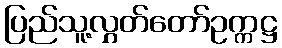
ပြည်သူ့လွှတ်တော်ဥက္ကဋ္ဌ